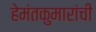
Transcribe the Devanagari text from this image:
हेमंतकुमारांची